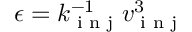
\epsilon = k _ { \textrm { i n j } } ^ { - 1 } v _ { \textrm { i n j } } ^ { 3 }